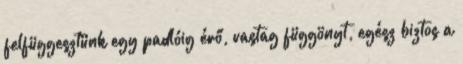
felfüggesztünk egy padlóig érő, vastag függönyt, egész biztos a